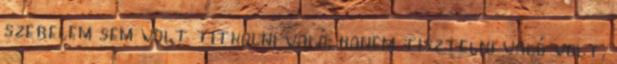
szerelem sem volt titkolni való, hanem tisztelni való volt,